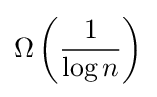
\Omega \left({\frac {1}{\log n}}\right)